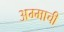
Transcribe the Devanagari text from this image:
अम्माची